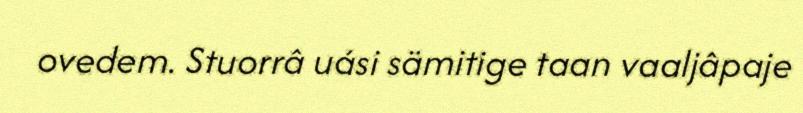
ovedem. Stuorrâ uási sämitige taan vaaljâpaje